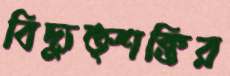
বিদ্যুত্শক্তির